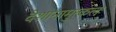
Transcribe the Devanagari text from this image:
देशानामुत्कलः